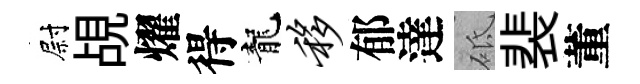
尉覘燿得龍移郁達砥裴董